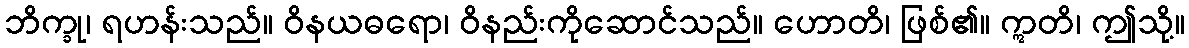
ဘိက္ခု၊ ရဟန်းသည်။ ဝိနယဓရော၊ ဝိနည်းကိုဆောင်သည်။ ဟောတိ၊ ဖြစ်၏။ ဣတိ၊ ဤသို့။